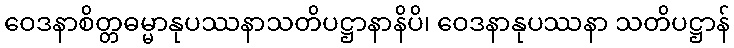
ဝေဒနာစိတ္တဓမ္မာနုပဿနာသတိပဋ္ဌာနာနိပိ၊ ဝေဒနာနုပဿနာ သတိပဋ္ဌာန်